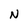
Character: N